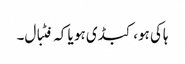
ہاکی ہو، کبڈی ہو یا کہ فٹبال۔